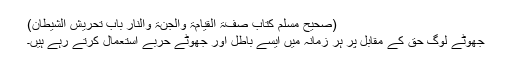
(صحیح مسلم کتاب صفۃ القیامۃ والجنّۃ والنار باب تحریش الشیطان)
جھوٹے لوگ حق کے مقابل پر ہر زمانہ میں ایسے باطل اور جھوٹے حربے استعمال کرتے رہے ہیں۔